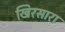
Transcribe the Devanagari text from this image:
खिरसारा